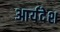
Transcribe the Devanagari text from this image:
आर्यदेश